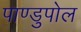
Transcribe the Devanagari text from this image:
पाण्डुपोल